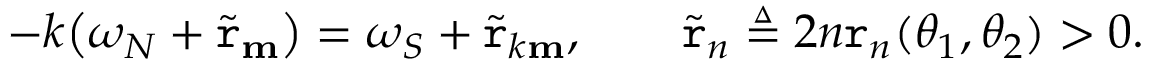
- k \big ( \omega _ { N } + \widetilde { \mathtt { r } } _ { \mathbf { m } } \big ) = \omega _ { S } + \widetilde { \mathtt { r } } _ { k \mathbf { m } } , \qquad \widetilde { \mathtt { r } } _ { n } \triangleq 2 n \mathtt { r } _ { n } ( \theta _ { 1 } , \theta _ { 2 } ) > 0 .